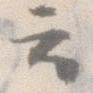
云